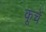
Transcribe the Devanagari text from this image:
कूचें